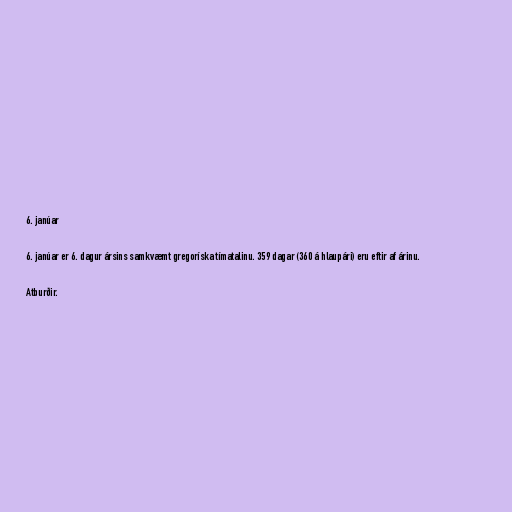
6. janúar

6. janúar er 6. dagur ársins samkvæmt gregoríska tímatalinu. 359 dagar (360 á hlaupári) eru eftir af árinu.

Atburðir.